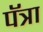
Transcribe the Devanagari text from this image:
पॅत्रा